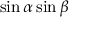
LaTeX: \sin \alpha \sin \beta